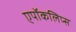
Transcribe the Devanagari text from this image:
एपॉकलिप्स